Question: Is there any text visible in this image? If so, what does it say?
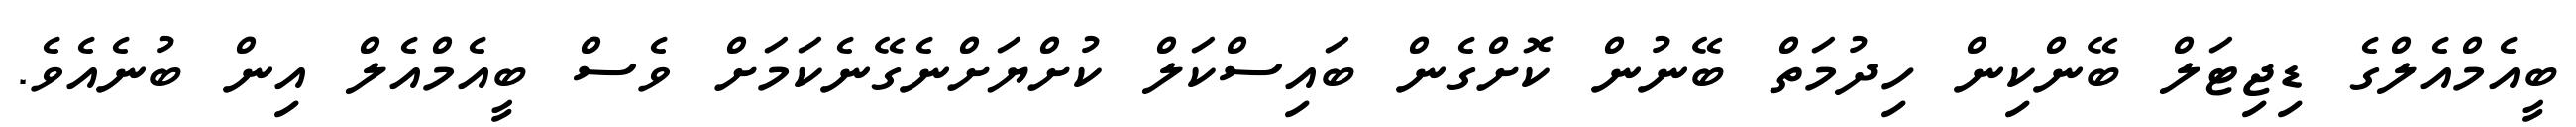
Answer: ބީއެމްއެލްގެ ޑިޖިޓަލް ބޭންކިން ހިދުމަތް ބޭނުން ކޮށްގެން ބައިސްކަލް ކުށްޔަށްނެގޭނެކަމަށް ވެސް ބީއެމްއެލް އިން ބުނެއެވެ.